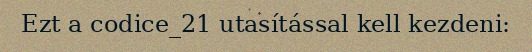
Ezt a codice_21 utasítással kell kezdeni: